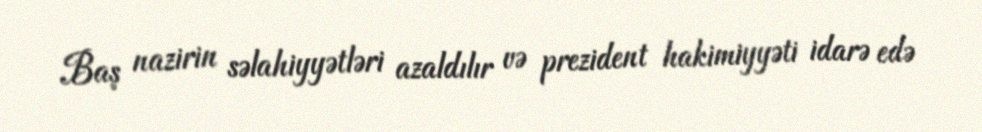
Baş nazirin səlahiyyətləri azaldılır və prezident hakimiyyəti idarə edə